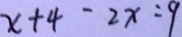
x + 4 - 2 x = 9